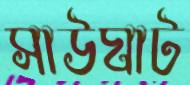
সাউঘাট